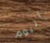
اليوم